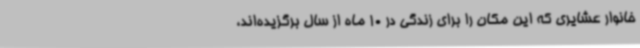
خانوار عشایری که این مکان را برای زندگی در 10 ماه از سال برگزیده‌اند،